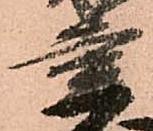
重